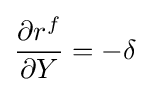
{\frac {\partial r^{f}}{\partial Y}}=-\delta